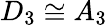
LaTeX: D_{3}\cong A_{3}